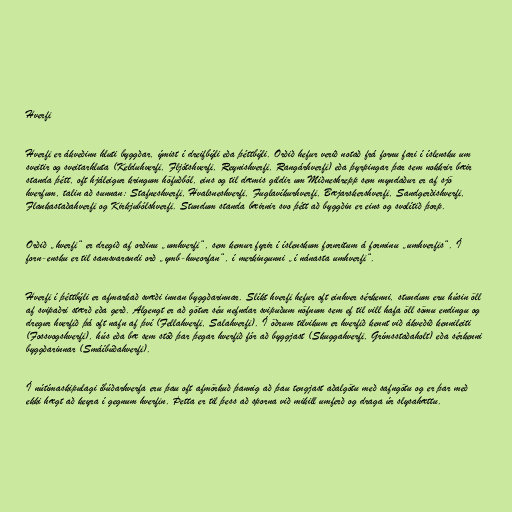
Hverfi

Hverfi er ákveðinn hluti byggðar, ýmist í dreifbýli eða þéttbýli. Orðið hefur verið notað frá fornu fari í íslensku um
sveitir og sveitarhluta (Kelduhverfi, Fljótshverfi, Reynishverfi, Rangárhverfi) eða þyrpingar þar sem nokkrir bæir
standa þétt, oft hjáleigur kringum höfuðból, eins og til dæmis gildir um Miðneshrepp sem myndaður er af sjö
hverfum, talin að sunnan: Stafneshverfi, Hvalsneshverfi, Fuglavíkurhverfi, Bæjarskershverfi, Sandgerðishverfi,
Flankastaðahverfi og Kirkjubólshverfi. Stundum standa bæirnir svo þétt að byggðin er eins og svolítið þorp.

Orðið „hverfi“ er dregið af orðinu „umhverfi“, sem kemur fyrir í íslenskum fornritum á forminu „umhverfis“. Í
forn-ensku er til samsvarandi orð „ymb-hweorfan“, í merkingunni „í nánasta umhverfi“.

Hverfi í þéttbýli er afmarkað svæði innan byggðarinnar. Slíkt hverfi hefur oft einhver sérkenni, stundum eru húsin öll
af svipaðri stærð eða gerð. Algengt er að götur séu nefndar svipuðum nöfnum sem ef til vill hafa öll sömu endingu og
dregur hverfið þá oft nafn af því (Fellahverfi, Salahverfi). Í öðrum tilvikum er hverfið kennt við ákveðið kennileiti
(Fossvogshverfi), hús eða bæ sem stóð þar þegar hverfið fór að byggjast (Skuggahverfi, Grímsstaðaholt) eða sérkenni
byggðarinnar (Smáíbúðahverfi).

Í nútímaskipulagi íbúðarhverfa eru þau oft afmörkuð þannig að þau tengjast aðalgötu með safngötu og er þar með
ekki hægt að keyra í gegnum hverfin. Þetta er til þess að sporna við mikill umferð og draga úr slysahættu.